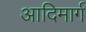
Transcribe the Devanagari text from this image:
आदिमार्ग